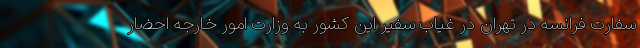
سفارت فرانسه در تهران در غیاب سفیر این کشور به وزارت امور خارجه احضار